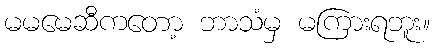
မမမေဆီကတော့ ဘာသံမှ မကြားရဘူး။